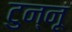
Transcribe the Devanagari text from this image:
टुन्नू